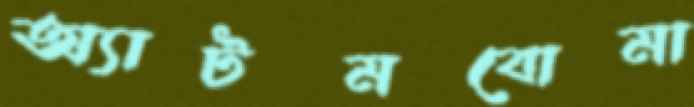
অ্যাটমবোমা